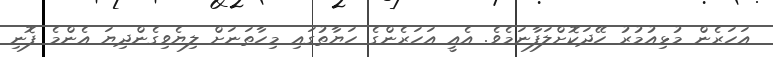
އަހަރެން މުޅިއުމުރު ހޭދަކޮށްލަފާނަމެވެ. އެއީ އަހަރެންގެ ހަޔާތުގައި މިހާތަނަށް ލިޔެވިގެންދިޔަ އެންމެ ފޮނި